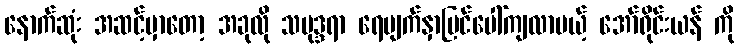
နောက်ဆုံး အဆင့်မှာတော့ အခုလို သမုဒ္ဒရာ ရေမျက်နှာပြင်ပေါ်ကျလာမယ့် အော်ရိုင်းယန် ကို